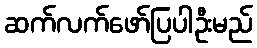
ဆက်လက်ဖော်ပြပါဦးမည်